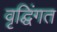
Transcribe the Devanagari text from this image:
वृद्घिंगत